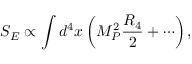
S _ { E } \propto \int d ^ { 4 } x \left( M _ { P } ^ { 2 } \frac { R _ { 4 } } { 2 } + \cdots \right) ,